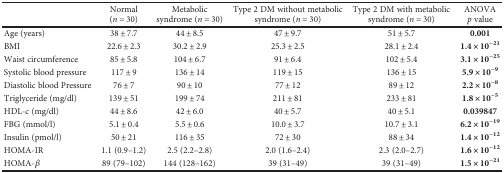
<table><thead><tr><td></td><td><b>Normal (<i>n</i> = 30)</b></td><td><b>Metabolic syndrome (<i>n</i> = 30)</b></td><td><b>Type 2 DM without metabolic syndrome (<i>n</i> = 30)</b></td><td><b>Type 2 DM with metabolic syndrome (<i>n</i> = 30)</b></td><td><b>ANOVA <i>p</i> value</b></td></tr></thead><tbody><tr><td>Age (years)</td><td>38 ± 7.7</td><td>44 ± 8.5</td><td>47 ± 9.7</td><td>51 ± 5.7</td><td><b>0.001</b></td></tr><tr><td>BMI</td><td>22.6 ± 2.3</td><td>30.2 ± 2.9</td><td>25.3 ± 2.5</td><td>28.1 ± 2.4</td><td><b>1.4 × 10</b><sup><b>−21</b></sup></td></tr><tr><td>Waist circumference</td><td>85 ± 5.8</td><td>104 ± 6.7</td><td>91 ± 6.4</td><td>102 ± 5.4</td><td><b>3.1 × 10</b><sup><b>−25</b></sup></td></tr><tr><td>Systolic blood pressure</td><td>117 ± 9</td><td>136 ± 14</td><td>119 ± 15</td><td>136 ± 15</td><td><b>5.9 × 10</b><sup><b>−9</b></sup></td></tr><tr><td>Diastolic blood Pressure</td><td>76 ± 7</td><td>90 ± 10</td><td>77 ± 12</td><td>89 ± 12</td><td><b>2.2 × 10</b><sup><b>−8</b></sup></td></tr><tr><td>Triglyceride (mg/dl)</td><td>139 ± 51</td><td>199 ± 74</td><td>211 ± 81</td><td>233 ± 81</td><td><b>1.8 × 10</b><sup><b>−5</b></sup></td></tr><tr><td>HDL-c (mg/dl)</td><td>44 ± 8.6</td><td>42 ± 6.0</td><td>40 ± 5.7</td><td>40 ± 5.1</td><td><b>0.039847</b></td></tr><tr><td>FBG (mmol/l)</td><td>5.1 ± 0.4</td><td>5.5 ± 0.6</td><td>10.0 ± 3.7</td><td>10.7 ± 3.1</td><td><b>6.2 × 10</b><sup><b>−19</b></sup></td></tr><tr><td>Insulin (pmol/l)</td><td>50 ± 21</td><td>116 ± 35</td><td>72 ± 30</td><td>88 ± 34</td><td><b>1.4 × 10</b><sup><b>−12</b></sup></td></tr><tr><td>HOMA-IR</td><td>1.1 (0.9–1.2)</td><td>2.5 (2.2–2.8)</td><td>2.0 (1.6–2.4)</td><td>2.3 (2.0–2.7)</td><td><b>1.6 × 10</b><sup><b>−12</b></sup></td></tr><tr><td>HOMA-<i>β</i></td><td>89 (79–102)</td><td>144 (128–162)</td><td>39 (31–49)</td><td>39 (31–49)</td><td><b>1.5 × 10</b><sup><b>−21</b></sup></td></tr></tbody></table>